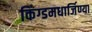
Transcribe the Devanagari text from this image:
किंग्डमधार्जिण्या